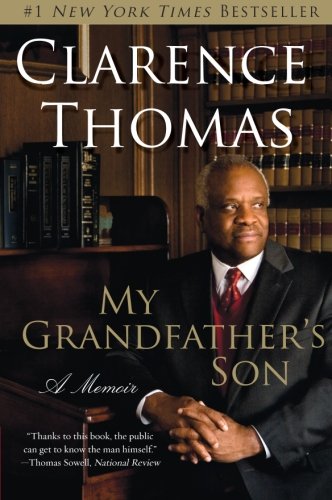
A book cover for My Grandfather's Son: A Memoir; Clarence Thomas; Law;